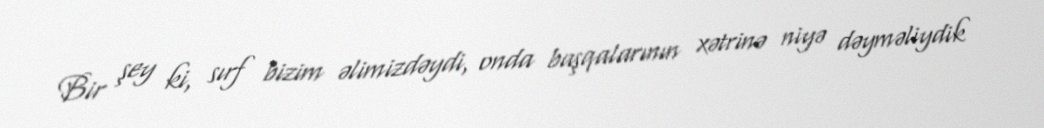
Bir şey ki, sırf bizim əlimizdəydi, onda başqalarının xətrinə niyə dəyməliydik